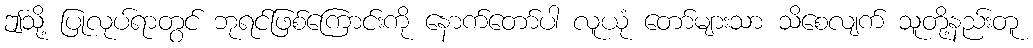
ဤသို့ ပြုလုပ်ရာတွင် ဘုရင်ဖြစ်ကြောင်းကို နောက်တော်ပါ လူယုံ တော်များသာ သိစေလျက် သူတို့နည်းတူ